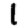
Digit: 1